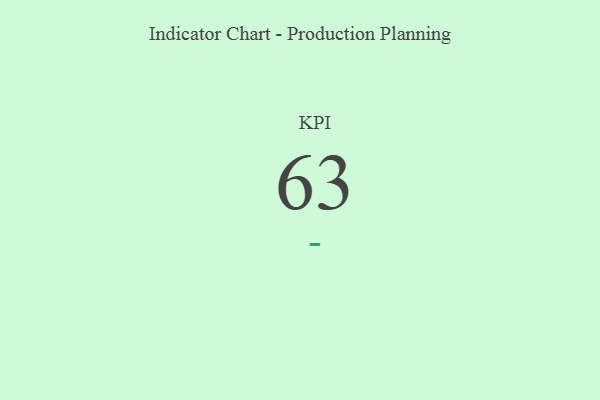
{"axis": {"x": "KPI", "y": "Value"}, "legend": [""], "data": [{"x": "KPI", "y": 63, "type": ""}]}